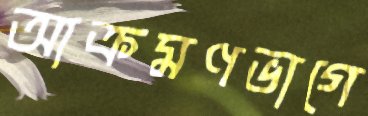
আক্রমণভাগে